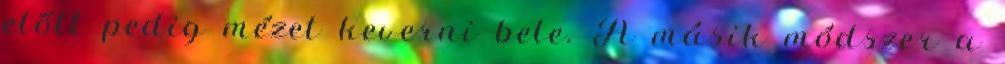
előtt pedig mézet keverni bele. A másik módszer a